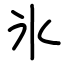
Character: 氷